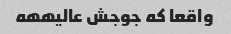
واقعا که جوجش عالیههه